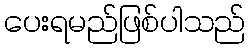
ပေးရမည်ဖြစ်ပါသည်